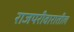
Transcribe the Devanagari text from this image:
राजपरीवारातील